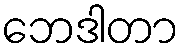
ဘေဒါတာ